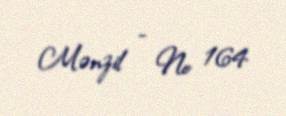
Mənzil - № 164